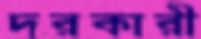
দরকারী